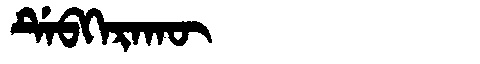
Manchu: ᡩᡝᠪᡴᡝᡵᠠᡴᡡ
Romanization: DEBKERAKŪ